画像に写った文字を読んでください
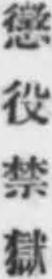
「懲役禁獄」と書いてあります